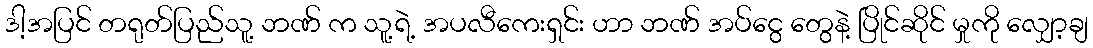
ဒါ့အပြင် တရုတ်ပြည်သူ့ ဘဏ် က သူ့ရဲ့ အပလီကေးရှင်း ဟာ ဘဏ် အပ်ငွေ တွေနဲ့ ပြိုင်ဆိုင် မှုကို လျှော့ချ